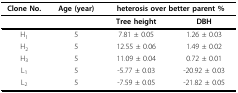
<table><thead><tr><td><b>Clone No.</b></td><td><b>Age (year)</b></td><td colspan="2"><b>heterosis over better parent %</b></td></tr></thead><tbody><tr><td></td><td></td><td><b>Tree height</b></td><td><b>DBH</b></td></tr><tr><td>H<sub>1</sub></td><td>5</td><td>7.81 ± 0.05</td><td>1.26 ± 0.03</td></tr><tr><td>H<sub>2</sub></td><td>5</td><td>12.55 ± 0.06</td><td>1.49 ± 0.02</td></tr><tr><td>H<sub>3</sub></td><td>5</td><td>11.09 ± 0.04</td><td>0.72 ± 0.01</td></tr><tr><td>L<sub>1</sub></td><td>5</td><td>-5.77 ± 0.03</td><td>-20.92 ± 0.03</td></tr><tr><td>L<sub>2</sub></td><td>5</td><td>-7.59 ± 0.05</td><td>-21.82 ± 0.05</td></tr></tbody></table>